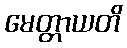
မေတ္တာယတိ